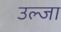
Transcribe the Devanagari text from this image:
उल्जा